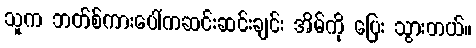
သူက ဘတ်စ်ကားပေါ်ကဆင်းဆင်းချင်း အိမ်ကို ပြေး သွားတယ်။